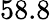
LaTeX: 58.8